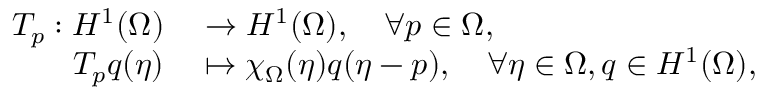
\begin{array} { r l } { T _ { p } : H ^ { 1 } ( \Omega ) } & { { } \to H ^ { 1 } ( \Omega ) , \quad \forall p \in \Omega , } \\ { T _ { p } q ( \eta ) } & { { } \mapsto \chi _ { \Omega } ( \eta ) q ( \eta - p ) , \quad \forall \eta \in \Omega , q \in H ^ { 1 } ( \Omega ) , } \end{array}